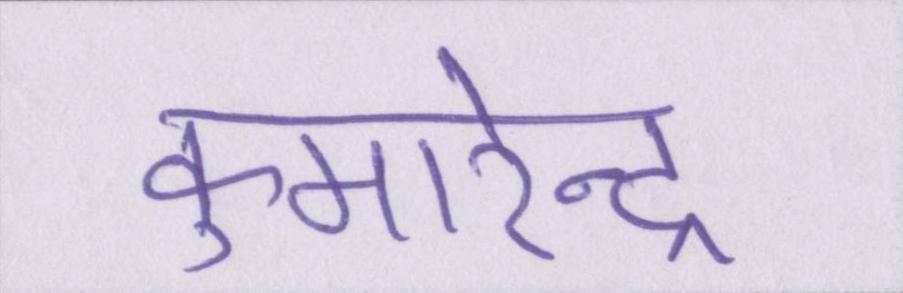
कुमारेन्द्र